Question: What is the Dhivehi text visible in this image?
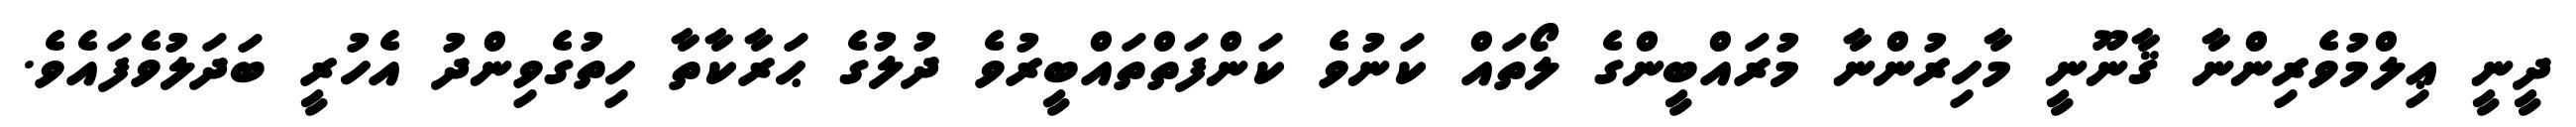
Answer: ދީނީ ޢިލްމުވެރިންނާ ޤާނޫނީ މާހިރުންނާ މުރައްބީންގެ ލޯތައް ކަނުވެ ކަންފަތްތައްބީރުވެ ދުލުގެ ޙަރާކާތާ ހިތުގެވިންދު އެހުރީ ބަދަލުވެފައެވެ.